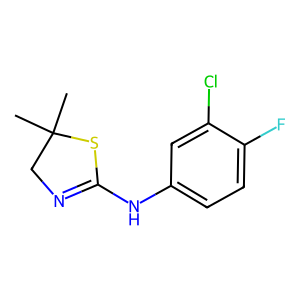
SMILES: CC1(C)CN=C(Nc2ccc(F)c(Cl)c2)S1
Inhibits HIV replication: No